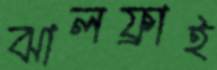
ঝালফ্রাই